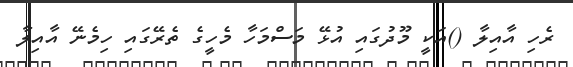
ރެހި އާއިލާ ()އަކީ މޫދުގައި އުޅޭ މަސްމަހާ މެހީގެ ތެރޭގައި ހިމެނޭ އާއިލާ